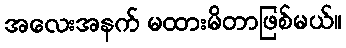
အလေးအနက် မထားမိတာဖြစ်မယ်။